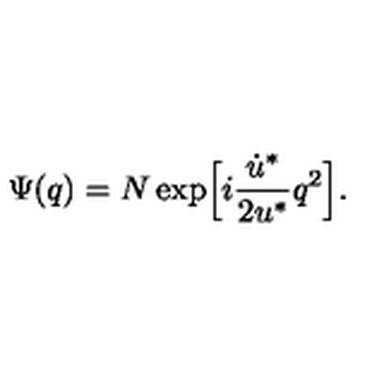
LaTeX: \Psi ( q ) = N \exp \Bigl [ i \frac { \dot { u } ^ { * } } { 2 u ^ { * } } q ^ { 2 } \Bigr ] .